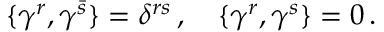
\{ \gamma ^ { r } , \gamma ^ { \bar { s } } \} = \delta ^ { r s } \, , \quad \{ \gamma ^ { r } , \gamma ^ { s } \} = 0 \, .